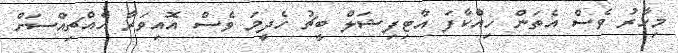
މިހާރު ވެސް އެތަން ހިއްކާފަ އާޓިފިޝަލް ބީޗު ހެދީމަ ވެސް އޮއިވަރާ އެއްޗިއްސަށް